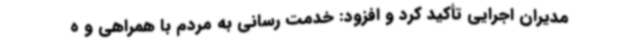
مدیران اجرایی تأکید کرد و افزود: خدمت رسانی به مردم با همراهی و ه